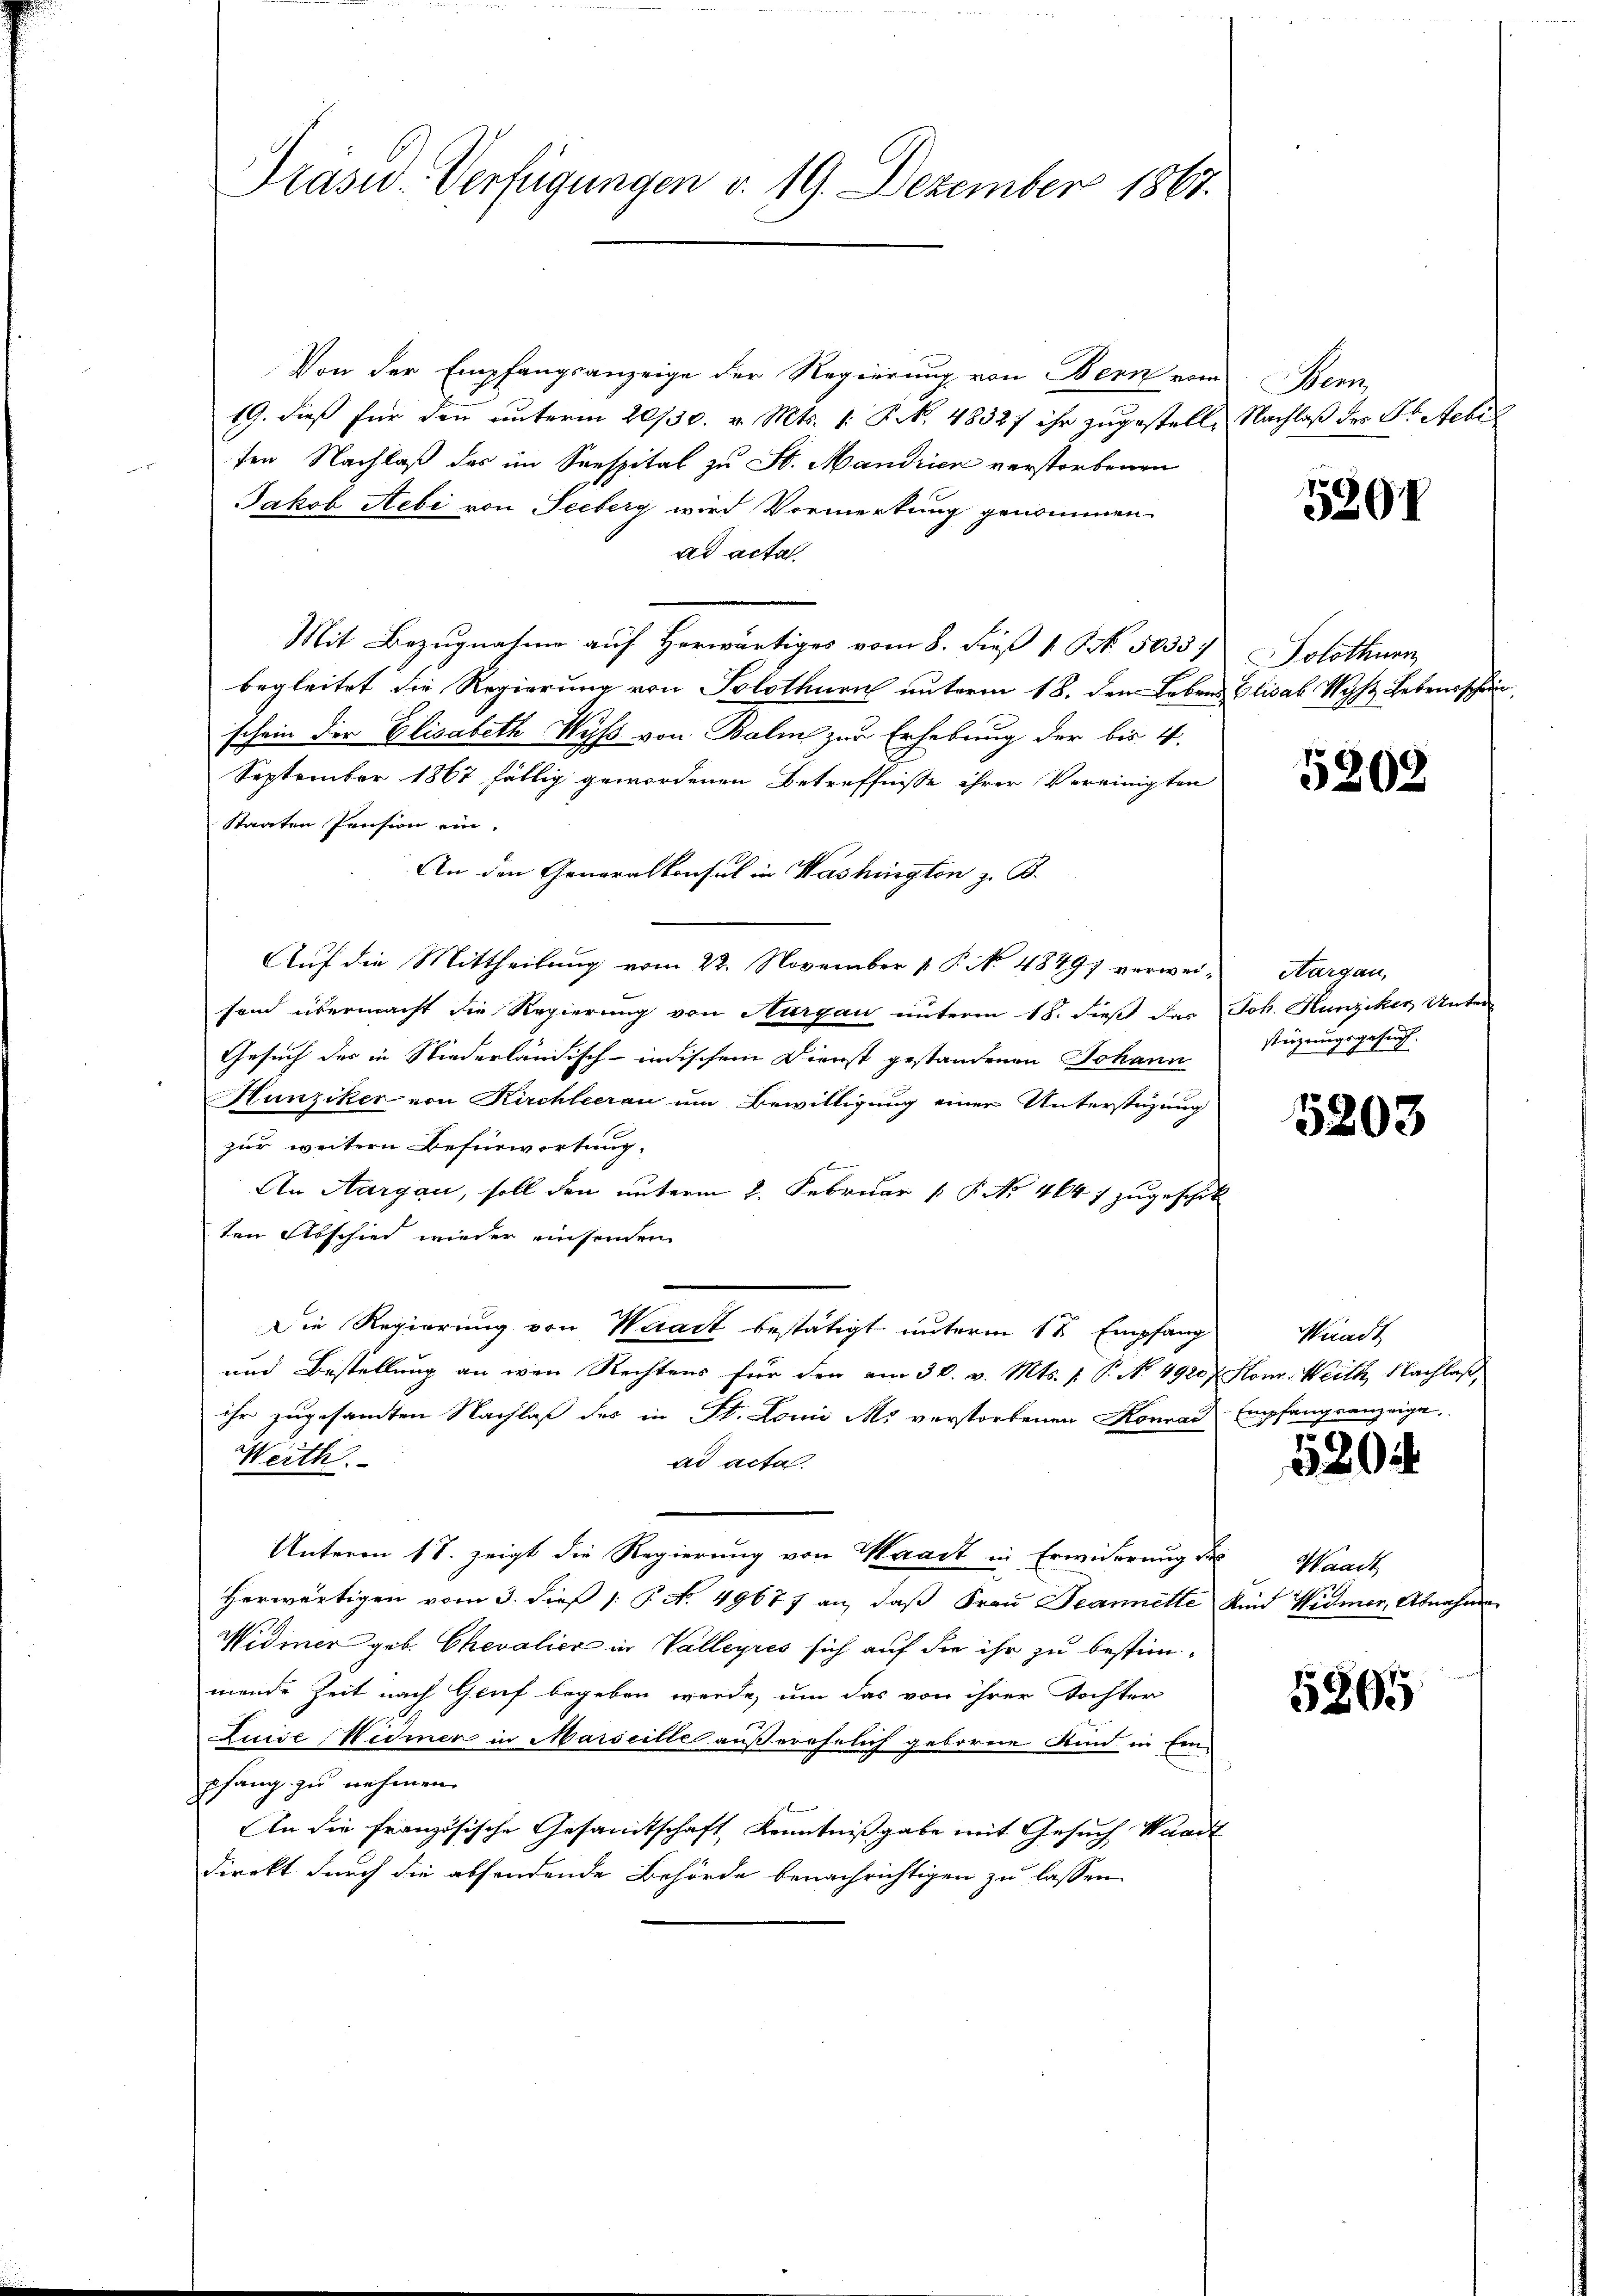
Von der Empfangsanzeige der Regierung von Bern vom
19. dieß für den unterm 20/30. v. Mts. [: P. Nr. 4832f ihr zugestell-
sen Nachlaß des im Seespital zu St. Mandrien verstorbenen
Jakob Hebi von Seeberg wird Vormerkung genommen.
ad acta.
Mit Bezugnahme auf herwärtiges vom 8. dieß 1 S. 50357) Solothurn
begleitet die Regierung von Solothurn unterm 18. den Lebens Elisab Wyß Lebensschr
schein der Elisabeth Wyß von Balm zur Erhebung der bis 4.
September 1867 fällig gewordenen Betreffnisse ihrer Vereinigten
Staaten Pension ein.
An den Generalkonsul in Washington z. B.
Auf die Mittheilung vom 22. November 1 P. No 48497 verweison übermacht die Regierung von Aargau unterm 18. dieß das Joh. Hunziker Unter-
Gesuch der in Niederländisch-indischem Dienst gestandenen Johann
Hunziker von Kirchleerau um Bewilligung einer Unterstüzung
zur weitern Befürwortung.
s
An Aargau, soll den unterm 2. Februar 1 P. No 4647 zugeschick
ten Abschied wieder ansenden
Die Regierung von Waadt bestätigt unterm 17. Empfang
und Bestellung an wen Rechtens für den am 30. v. Mts. v. P. No. 4920 Konr. Weith Nachlaß
ihr zugesandten Nachlaß des in St. Loui M. verstorbenen Konrad
Weith.
ad acta.
Unterm 17. zeigt die Regierung von Waadt in Erwiderung de
Herwärtigen vom 3. dieß 1: P. N. 49677 an, daß Frau Beannette Kind Widmer, Abnahme
Widmer geb. Chevalier in Valleyres sich auf die ihr zu bestim-
mende Zeit nach Genf begeben werde, um das von ihrer Tochter
Luise Widmer in Marseille außerehelich geborene Kind in Einpfang zu nehmen.
An die französische Gesandtschaft, Kenntnißgabe mit Gesuch Waadt
Direkt durch die absendende Behörde benachrichtigen zu lassen

Präsid. Verfügungen v. 19. Dezember 1867.

Wem
Nachlaß der Dr. Febr

5291

5202

Aargau,
steigungsgesuch.

5203

Waadt
Empfangsanzeige

580

Waadt

5205